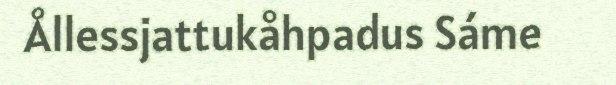
Ållessjattukåhpadus Sáme